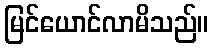
မြင်ယောင်လာမိသည်။